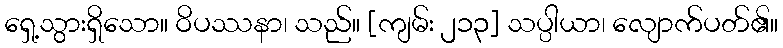
ရှေ့သွားရှိသော။ ဝိပဿနာ၊ သည်။ [ကျမ်း ၂၁၃] သပ္ပါယာ၊ လျောက်ပတ်၏။